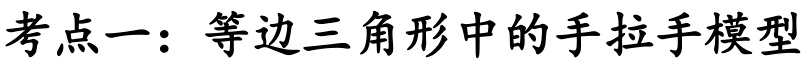
考点一：等边三角形中的手拉手模型